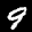
Label: 9